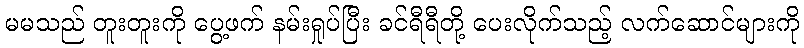
မမသည် တူးတူးကို ပွေ့ဖက် နမ်းရှုပ်ပြီး ခင်ရီရီတို့ ပေးလိုက်သည့် လက်ဆောင်များကို